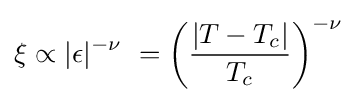
\xi \propto |\epsilon |^{-\nu }\,\,=\left({\frac {|T-T_{c}|}{T_{c}}}\right)^{-\nu }